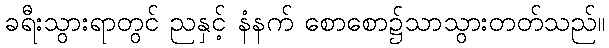
ခရီးသွားရာတွင် ညနှင့် နံနက် စောစော၌သာသွားတတ်သည်။